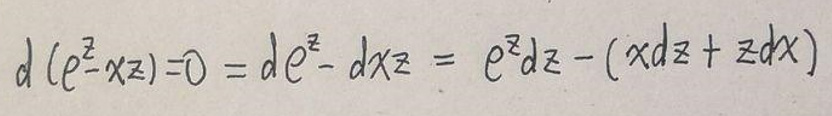
\[
d(e^{z}xz)=0 = de^{z}-dxz = e^{z}dz-(xdz + zdx)
\]